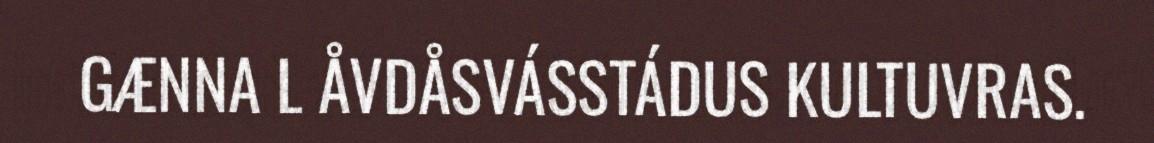
GÆNNA L ÅVDÅSVÁSSTÁDUS KULTUVRAS.